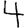
Digit: 4